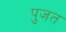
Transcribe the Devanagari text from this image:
पुजत